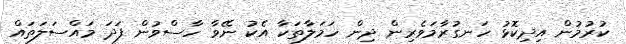
ކުރުމުން އިދިކޮޅު ހަނގުރާމަވެރިން ދިން ހަމަލާތަކާ އެކު ނޭވާ ހާސްވުން ފަދަ މައްސަލަތައް